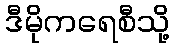
ဒီမိုကရေစီသို့